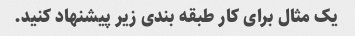
یک مثال برای کار طبقه بندی زیر پیشنهاد کنید.